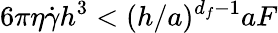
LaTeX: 6\pi\eta\dot{\gamma}h^{3}<(h/a)^{d_{f}-1}aF